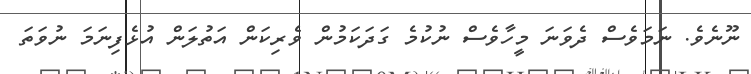
ނޫނެވެ. ނަމަވެސް ދެވަނަ މީހާވެސް ނުކުމެ ގަދަކަމުން ވެރިކަން އަތުލަން އުޅެފިނަމަ ނުވަތަ